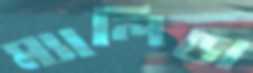
ম্যালিন্ডা